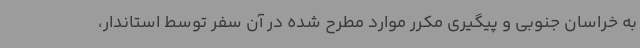
به خراسان جنوبی و پیگیری مکرر موارد مطرح شده در آن سفر توسط استاندار،